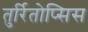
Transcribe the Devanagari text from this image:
तुर्रितोप्सिस